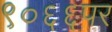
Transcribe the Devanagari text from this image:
९०६६पर